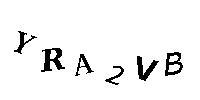
YRA2VB